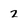
Character: 2